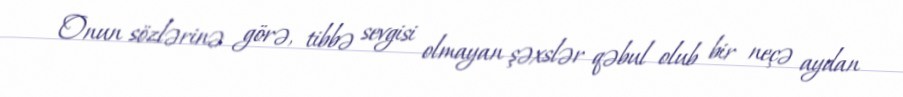
Onun sözlərinə görə, tibbə sevgisi olmayan şəxslər qəbul olub bir neçə aydan